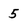
Character: 5